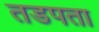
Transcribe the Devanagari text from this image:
तडपता